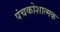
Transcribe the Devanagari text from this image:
पंचकोशात्मक